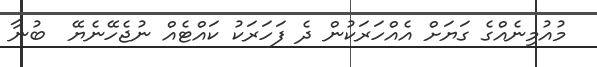
މުއުމިނެއްގެ ގަޔަށް އެއްހަރަކުން ދެ ފަހަރަކު ކައްޓެއް ނުޖެހޭނެޔޭ  ބުނާ